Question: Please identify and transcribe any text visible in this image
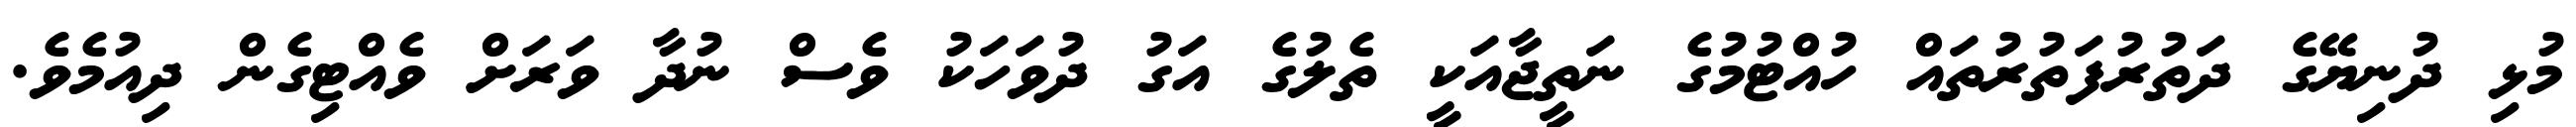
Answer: މުޅި ދުނިޔޭގެ ދަތުރުފަތުރުތައް ހުއްޓުމުގެ ނަތީޖާއަކީ ތެލުގެ އަގު ދުވަހަކު ވެސް ނުދާ ވަރަށް ވެއްޓިގެން ދިއުމެވެ.